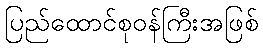
ပြည်ထောင်စုဝန်ကြီးအဖြစ်